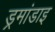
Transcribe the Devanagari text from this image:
ड्रमांडाइ